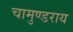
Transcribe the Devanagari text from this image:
चामुण्डराय